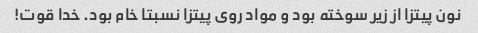
نون پیتزا از زیر سوخته بود و مواد روی پیتزا نسبتا خام بود. خدا قوت!